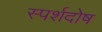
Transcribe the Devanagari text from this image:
स्पर्शदोष